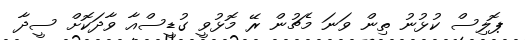
ޕޮލިސް ކުޅުނު ތިން ވަނަ މެޗުން ރޭ މޮޅުވީ ގުޑީސްއާ ވާދަކޮށް ސީދާ